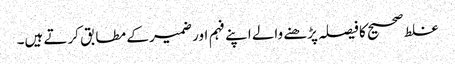
غلط صحیح کا فیصلہ پڑھنے والے اپنے فہم اور ضمیر کے مطابق کرتے ہیں۔